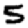
Digit: 5